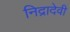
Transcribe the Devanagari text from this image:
निद्रादेवी